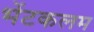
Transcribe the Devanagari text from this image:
भेंटकलम